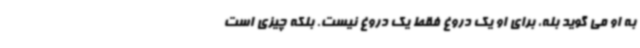
به او می گوید بله، برای او یک دروغ فقط یک دروغ نیست. بلکه چیزی است